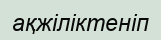
ақжіліктеніп